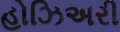
હોઝિઅરી